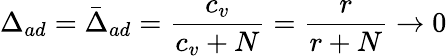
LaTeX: \Delta_{ad}=\bar{\Delta}_{ad}=\frac{c_{v}}{c_{v}+N}=\frac{r}{r+N}\rightarrow 0